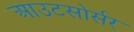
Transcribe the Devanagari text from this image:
आउटसोर्सर